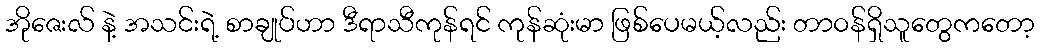
အိုဇေးလ် နဲ့ အသင်းရဲ့ စာချုပ်ဟာ ဒီရာသီကုန်ရင် ကုန်ဆုံးမာ ဖြစ်ပေမယ့်လည်း တာဝန်ရှိသူတွေကတော့